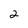
Character: 2